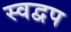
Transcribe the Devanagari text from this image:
स्वद्वप